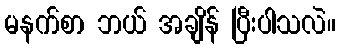
မနက်စာ ဘယ် အချိန် ပြီးပါသလဲ။